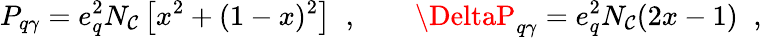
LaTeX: P_{q\gamma}=e_{q}^{2}N_{\mathcal{C}}\left[x^{2}+(1-x)^{2}\right]\; \; ,\qquad\DeltaP_{q\gamma}=e_{q}^{2}N_{\mathcal{C}}(2x-1)\; \; ,